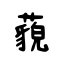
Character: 藐